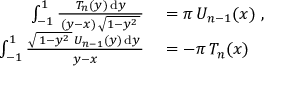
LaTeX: \begin{array} { r l } { \int _ { - 1 } ^ { 1 } { \frac { T _ { n } ( y ) \, \mathrm { d } y } { \, ( y - x ) \, { \sqrt { 1 - y ^ { 2 } \, } } \, } } } & { { } = \pi \, U _ { n - 1 } ( x ) ~ , } \\ { \int _ { - 1 } ^ { 1 } { \frac { { \sqrt { \, 1 - y ^ { 2 } \, } } \, U _ { n - 1 } ( y ) \, \mathrm { d } y \, } { y - x } } } & { { } = - \pi \, T _ { n } ( x ) } \end{array}